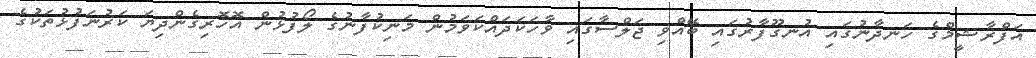
އަފްރާޝީމްގެ ހަނދާނުގައި އުނގޫފާރުގައި ބޭއްވި ޖަލްސާގައި ވާހަކަދައްކަވަމުން މަނިކުފާނުގެ ލޯފުޅުން އޮހޮރިގެންދިޔަ ކަރުނަފުޅުތަކުގެ